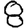
Digit: 8